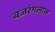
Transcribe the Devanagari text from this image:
बजरंगलाल